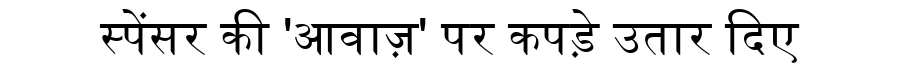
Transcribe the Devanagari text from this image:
स्पेंसर की 'आवाज़' पर कपड़े उतार दिए